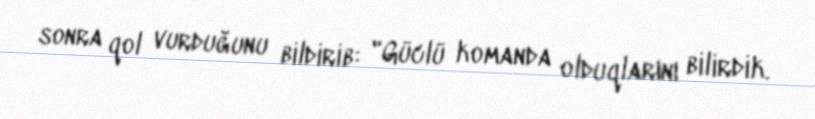
sonra qol vurduğunu bildirib: "Güclü komanda olduqlarını bilirdik.